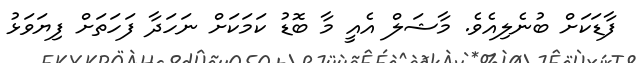
ފާޑަކަށް ބުނެލިއެވެ. މާޝަލް އެއީ މާ ބޮޑު ކަމަކަށް ނަހަދާ ފަހަތަށް ފިޔަވަޅު